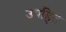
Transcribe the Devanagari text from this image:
उपहित